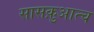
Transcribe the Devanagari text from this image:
सासक़ुआत्च